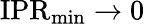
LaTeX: \mathrm{IPR}_{\operatorname*{min}}\rightarrow 0